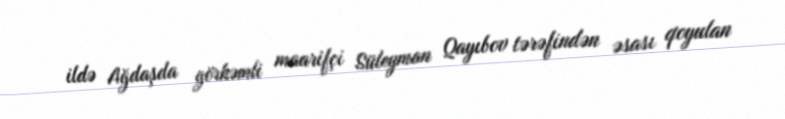
ildə Ağdaşda görkəmli maarifçi Süleyman Qayıbov tərəfindən əsası qoyulan